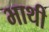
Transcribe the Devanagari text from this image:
भाथी